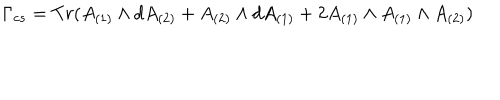
LaTeX: \Gamma _ { c s } = T r ( A _ { ( 1 ) } \wedge d A _ { ( 2 ) } + A _ { ( 2 ) } \wedge d A _ { ( 1 ) } + 2 A _ { ( 1 ) } \wedge A _ { ( 1 ) } \wedge A _ { ( 2 ) } )